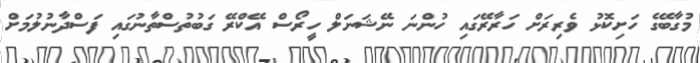
މުގާބޭގެ ހަށިކޮޅު ވެރިރަށް ހަރާރޭގައި ހުންނަ ނޭޝަނަލް ހީރޯސް އޭކްރޭ ގަބުތުސްތާނުގައި ފަސްދާނުލުމަށް